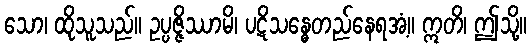
သော၊ ထိုသူသည်။ ဥပ္ပဇ္ဇိဿာမိ၊ ပဋိသန္ဓေတည်နေရအံ့။ ဣတိ၊ ဤသို့။